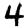
Digit: 4